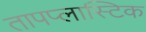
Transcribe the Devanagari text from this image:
तापप्लास्टिक